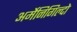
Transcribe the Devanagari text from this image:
अर्मेनिगिल्दो